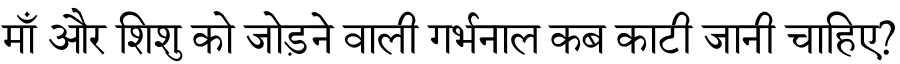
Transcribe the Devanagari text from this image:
माँ और शिशु को जोड़ने वाली गर्भनाल कब काटी जानी चाहिए?